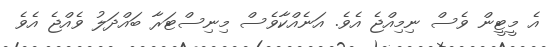
އެ މީޓީން ވެސް ނިމިއްޖެ އެވެ. އަނެއްކާވެސް މިނިސްޓަރާ ބައްދަލު ވެއްޖެ އެވެ